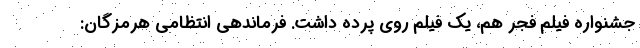
جشنواره فیلم فجر هم، یک فیلم روی پرده داشت. فرماندهی انتظامی هرمزگان: